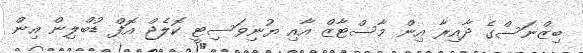
ބިޒްނަސްގެ ދާއިރާ އިން މާސްޓާޒް އާއި ޔުނިވަސިޓީ ކޮލެޖް އޮފް ޑުބްލިން އިން